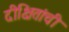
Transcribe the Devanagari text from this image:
दीक्षितांची